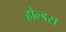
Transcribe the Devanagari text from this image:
होल्डस